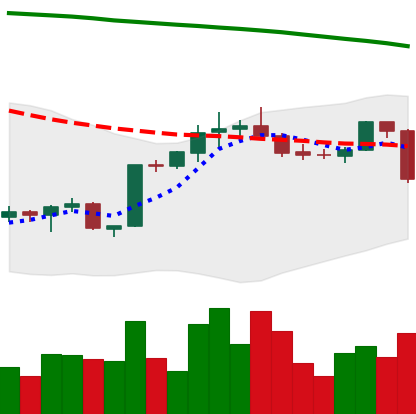
Ticker: BTC-USD
Chart end date: 2022-02-17
Forward return: -5.555%
Label: down_5_7